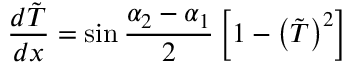
{ \frac { d \tilde { T } } { d x } } = \sin { \frac { \alpha _ { 2 } - \alpha _ { 1 } } { 2 } } \left[ 1 - \left( \tilde { T } \right) ^ { 2 } \right]